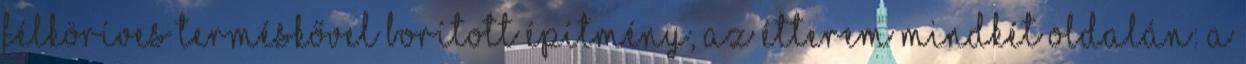
félköríves terméskővel borított építmény, az étterem mindkét oldalán: a